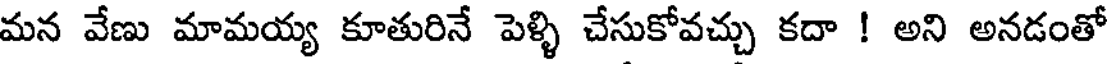
మన వేణు మామయ్య కూతురినే పెళ్ళి చేసుకోవచ్చు కదా ! అని అనడంతో